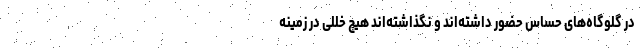
در گلوگاه‌های حساس حضور داشته‌اند و نگذاشته‌اند هیچ خللی در زمینه